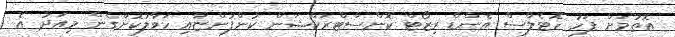
އޮތުމަށް ފަހު ހޮޓެލްސް އެންޑް ރިޒޯޓް ކޮންސްޓްރަކްޝަން ކުންފުންޏާއި ހަވާލުކޮށްގެން މިއަދު އެ